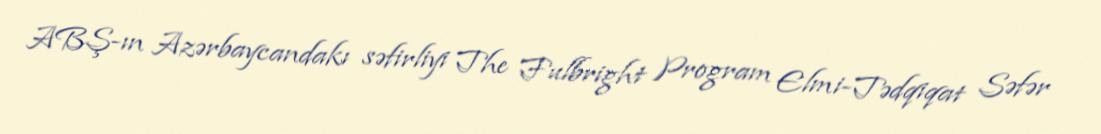
ABŞ-ın Azərbaycandakı səfirliyi The Fulbright Program Elmi-Tədqiqat Səfər